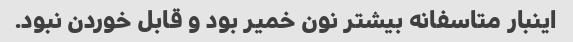
اینبار متاسفانه بیشتر نون خمیر بود و قابل خوردن نبود.